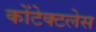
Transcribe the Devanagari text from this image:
कोंटेक्टलेस